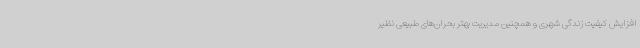
افزایش کیفیت زندگی شهری و همچنین مدیریت بهتر بحران‌های طبیعی نظیر